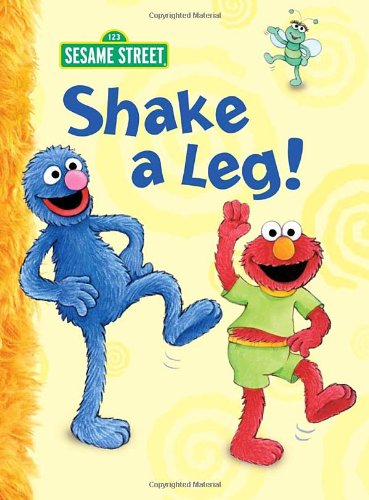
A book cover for Shake a Leg! (Sesame Street) (Big Bird's Favorites Board Books); Constance Allen; Health, Fitness & Dieting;